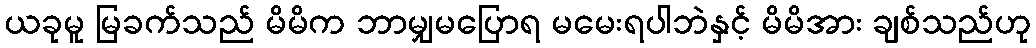
ယခုမူ မြခက်သည် မိမိက ဘာမျှမပြောရ မမေးရပါဘဲနှင့် မိမိအား ချစ်သည်ဟု